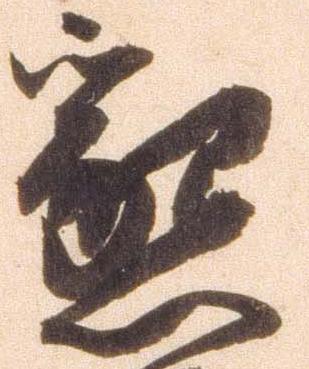
懇